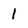
Character: 1